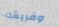
وفريقك